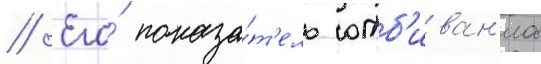
// Его́ показа́т'ель отб'иван'иа